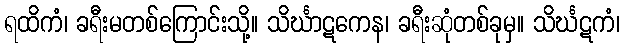
ရထိကံ၊ ခရီးမတစ်ကြောင်းသို့။ သိင်္ဃာဋကေန၊ ခရီးဆုံတစ်ခုမှ။ သိင်္ဃဋကံ၊